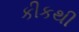
કીકથી